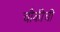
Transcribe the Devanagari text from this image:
चौकीची